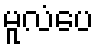
မူလံပေ